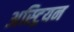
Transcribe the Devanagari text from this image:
अस्ट्रियन